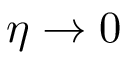
\eta \rightarrow 0